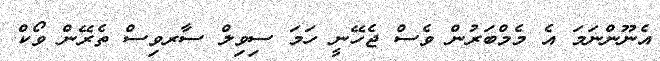
އެނޫންނަމަ އެ މެމްބަރުން ވެސް ޖެހޭނީ ހަމަ ސިވިލް ސާރވިސް ތެރޭން ވޯކް